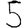
Digit: 5